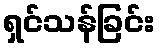
ရှင်သန်ခြင်း